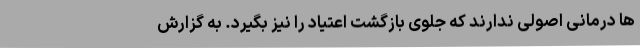
ها درمانی اصولی ندارند که جلوی بازگشت اعتیاد را نیز بگیرد. به گزارش